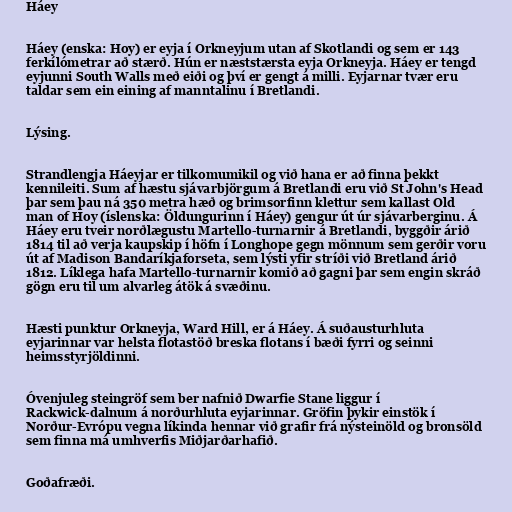
Háey

Háey (enska: Hoy) er eyja í Orkneyjum utan af Skotlandi og sem er 143
ferkílómetrar að stærð. Hún er næststærsta eyja Orkneyja. Háey er tengd
eyjunni South Walls með eiði og því er gengt á milli. Eyjarnar tvær eru
taldar sem ein eining af manntalinu í Bretlandi.

Lýsing.

Strandlengja Háeyjar er tilkomumikil og við hana er að finna þekkt
kennileiti. Sum af hæstu sjávarbjörgum á Bretlandi eru við St John's Head
þar sem þau ná 350 metra hæð og brimsorfinn klettur sem kallast Old
man of Hoy (íslenska: Öldungurinn í Háey) gengur út úr sjávarberginu. Á
Háey eru tveir norðlægustu Martello-turnarnir á Bretlandi, byggðir árið
1814 til að verja kaupskip í höfn í Longhope gegn mönnum sem gerðir voru
út af Madison Bandaríkjaforseta, sem lýsti yfir stríði við Bretland árið
1812. Líklega hafa Martello-turnarnir komið að gagni þar sem engin skráð
gögn eru til um alvarleg átök á svæðinu.

Hæsti punktur Orkneyja, Ward Hill, er á Háey. Á suðausturhluta
eyjarinnar var helsta flotastöð breska flotans í bæði fyrri og seinni
heimsstyrjöldinni.

Óvenjuleg steingröf sem ber nafnið Dwarfie Stane liggur í
Rackwick-dalnum á norðurhluta eyjarinnar. Gröfin þykir einstök í
Norður-Evrópu vegna líkinda hennar við grafir frá nýsteinöld og bronsöld
sem finna má umhverfis Miðjarðarhafið.

Goðafræði.